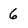
Character: 6